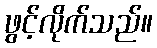
ဖွင့်လိုက်သည်။